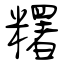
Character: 糬